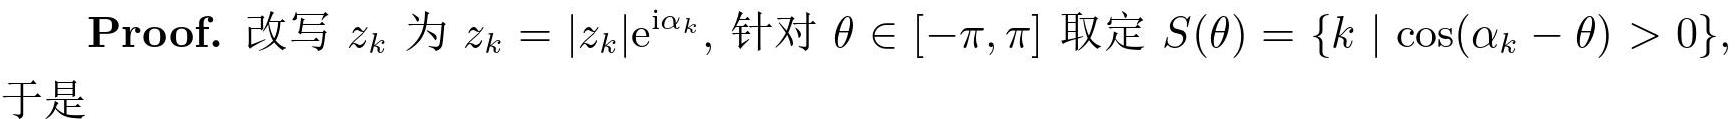
Proof. 改写 $z_{k}$ 为 $z_{k}=\left|z_{k}\right| \mathrm{e}^{\mathrm{i} \alpha_{k}}$, 针对 $\theta \in[-\pi, \pi]$ 取定 $S(\theta)=\left\{k \mid \cos \left(\alpha_{k}-\theta\right)>0\right\}$, 于是